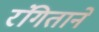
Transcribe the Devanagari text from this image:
रंगिताने